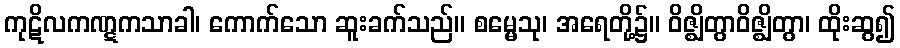
ကုဋိလကဏ္ဋကသာခါ၊ ကောက်သော ဆူးခက်သည်။ စမ္မေသု၊ အရေတို့၌။ ဝိဇ္ဈိတွာဝိဇ္ဈိတွာ၊ ထိုးဆွ၍